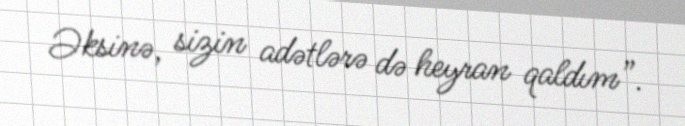
Əksinə, sizin adətlərə də heyran qaldım”.